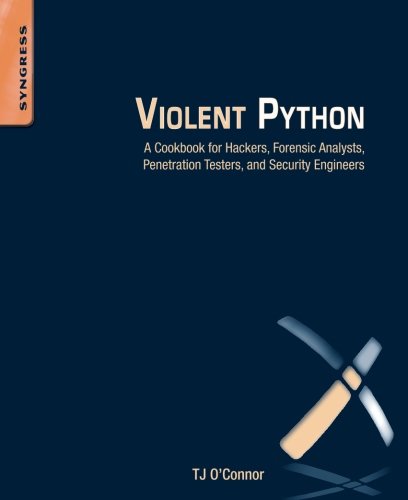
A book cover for Violent Python: A Cookbook for Hackers, Forensic Analysts, Penetration Testers and Security Engineers; TJ O'Connor; Computers & Technology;